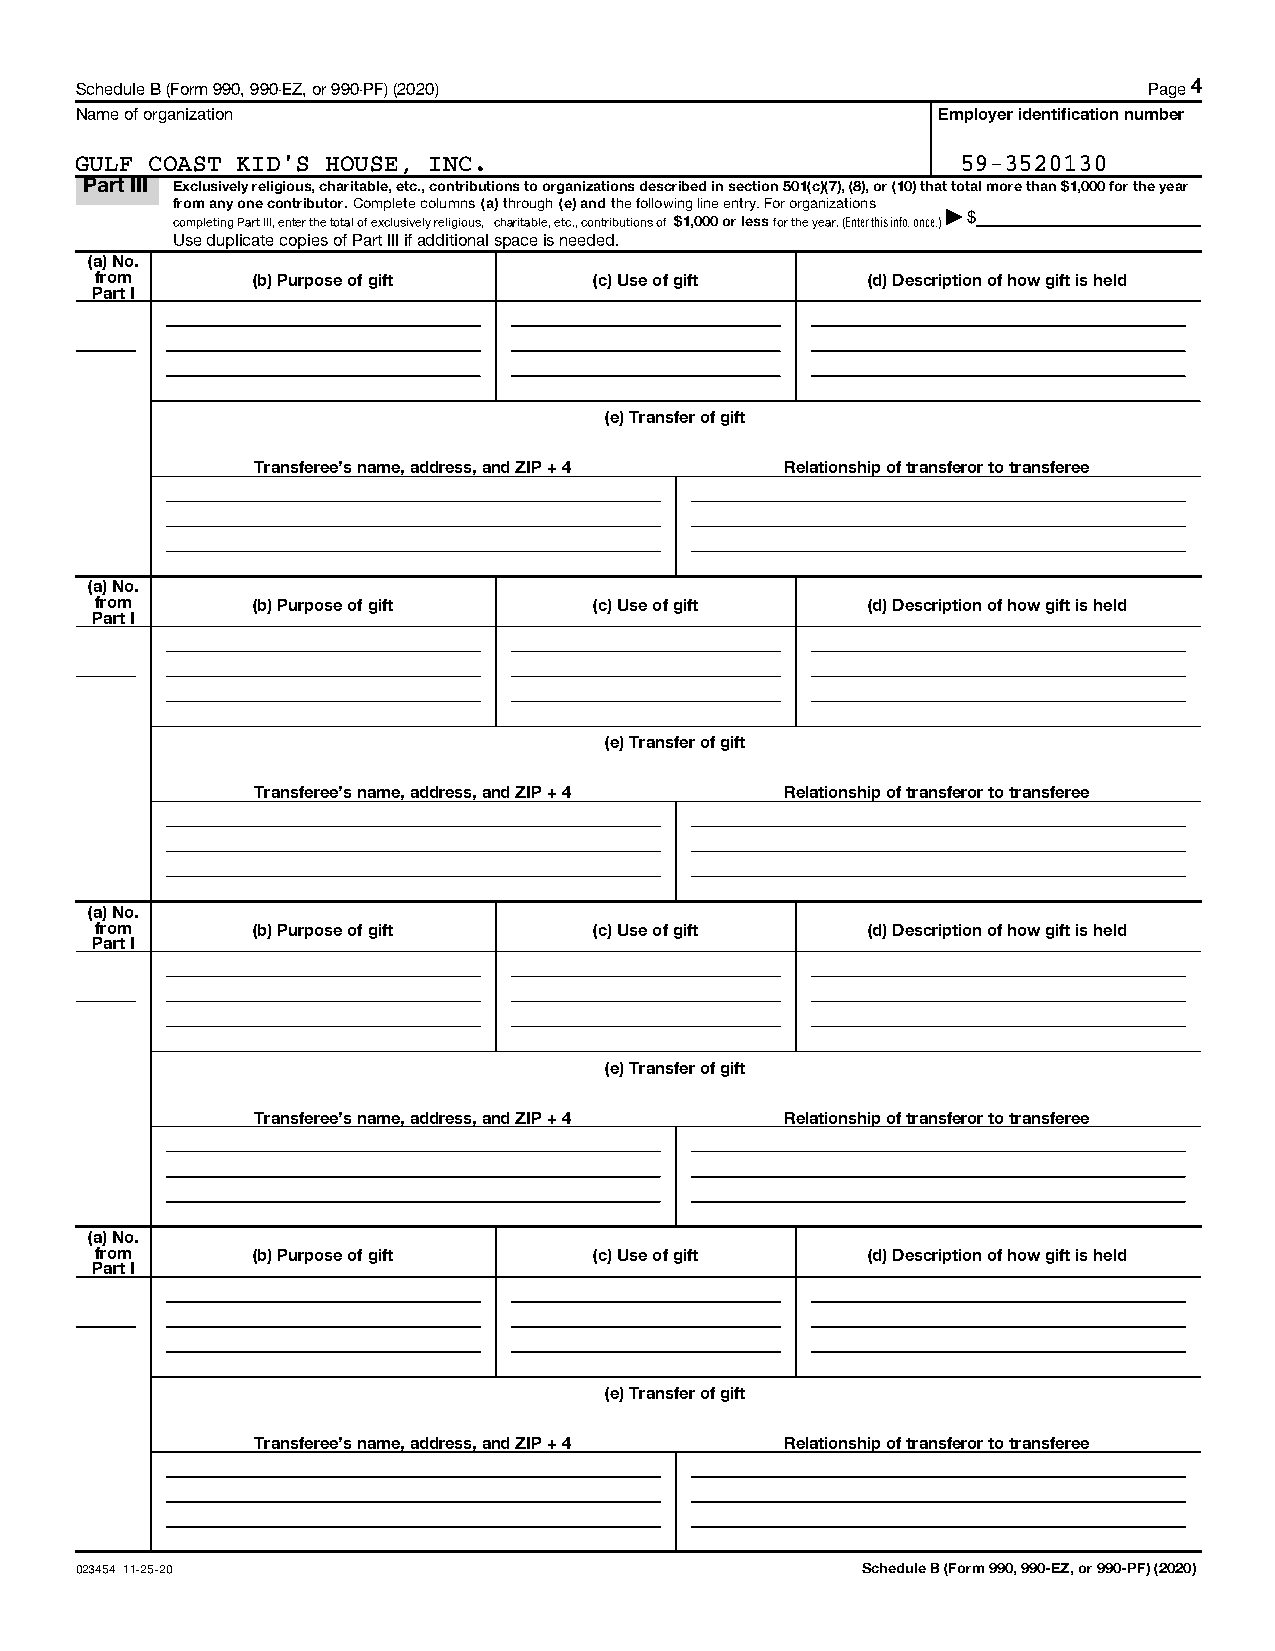
Schedule B (Form 990, 990-EZ, or 990-PF) (2020)                        Page 4
 Name of organization                                     Employer identification number
 GULF COAST KID'S HOUSE, INC.                               59-3520130
 Part III Exclusively religious, charitable, etc., contributions to organizations described in section 501(c)(7), (8), or (10) that total more than $1,000 for the year
 from any one contributor. Complete columns (a) through (e) and the following line entry. For organizations
 completing Part III, enter the total of exclusively religious, charitable, etc., contributions of $1,000 or less for the year. (Enter this info. once.)| $
 Use duplicate copies of Part III if additional space is needed.
 (a) No.
 from       (b) Purpose of gift   (c) Use of gift   (d) Description of how gift is held
 Part I
 (e) Transfer of gift
 Transferee's name, address, and ZIP + 4 Relationship of transferor to transferee
 (a) No.
 from       (b) Purpose of gift   (c) Use of gift   (d) Description of how gift is held
 Part I
 (e) Transfer of gift
 Transferee's name, address, and ZIP + 4 Relationship of transferor to transferee
 (a) No.
 from       (b) Purpose of gift   (c) Use of gift   (d) Description of how gift is held
 Part I
 (e) Transfer of gift
 Transferee's name, address, and ZIP + 4 Relationship of transferor to transferee
 (a) No.
 from       (b) Purpose of gift   (c) Use of gift   (d) Description of how gift is held
 Part I
 (e) Transfer of gift
 Transferee's name, address, and ZIP + 4 Relationship of transferor to transferee
 023454 11-25-20                                     Schedule B (Form 990, 990-EZ, or 990-PF) (2020)